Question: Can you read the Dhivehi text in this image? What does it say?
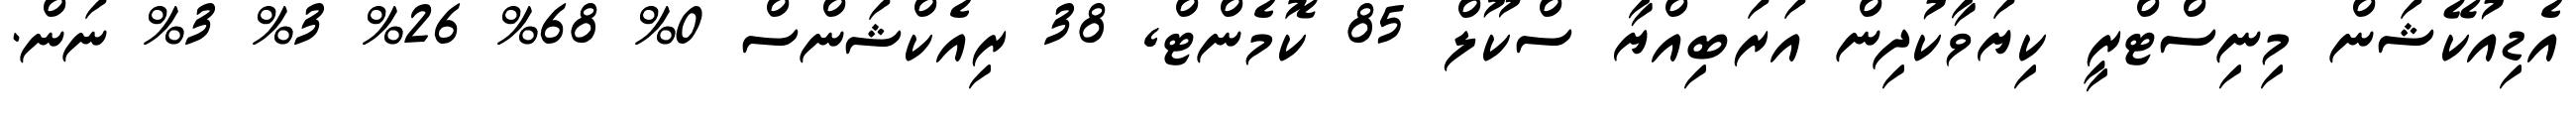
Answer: އެޑިއުކޭޝަން މިނިސްޓްރީ ކިޔަވާކުދިން އަރަބިއްޔާ ސްކޫލް 85 ކޮމެންޓް, 38 ރިއެކްޝަންސް 0% 68% 26% 3% 3% ނަން.